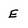
Character: E